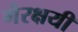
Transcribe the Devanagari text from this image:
गैरक्षयी